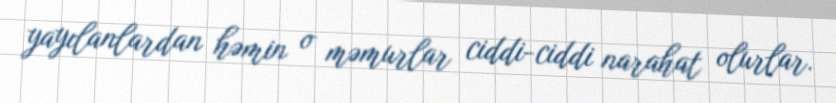
yayılanlardan həmin o məmurlar ciddi-ciddi narahat olurlar.